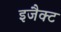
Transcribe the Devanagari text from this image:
इजैक्ट